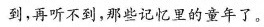
到，再听不到，那些记忆里的童年了。